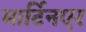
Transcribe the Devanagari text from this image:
मार्टिनएर